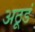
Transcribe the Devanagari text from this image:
अठूडं